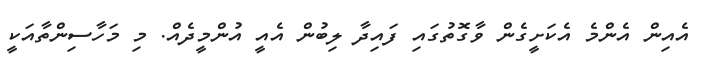
އެއިން އެންމެ އެކަށީގެން ވާގޮތުގައި ފައިދާ ލިބުން އެއީ އުންމީދެއް. މި މަހާސިންތާއަކީ